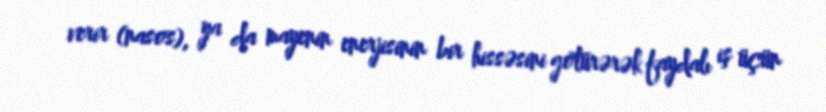
verir (nasos), ya da mayenin enerjisinin bir hissəsini götürərək faydalı iş üçün